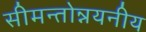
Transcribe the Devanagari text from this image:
सीमन्तोन्नयनीय